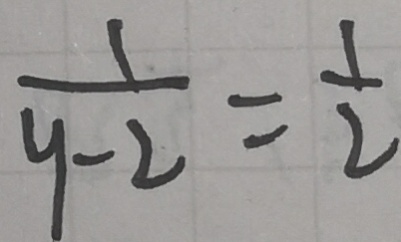
\frac { 1 } { y - 2 } = \frac { 1 } { 2 }